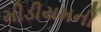
મીડીયમની